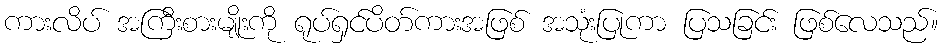
ကားလိပ် အကြီးစားမျိုးကို ရုပ်ရှင်ပိတ်ကားအဖြစ် အသုံးပြုကာ ပြသခြင်း ဖြစ်လေသည်။